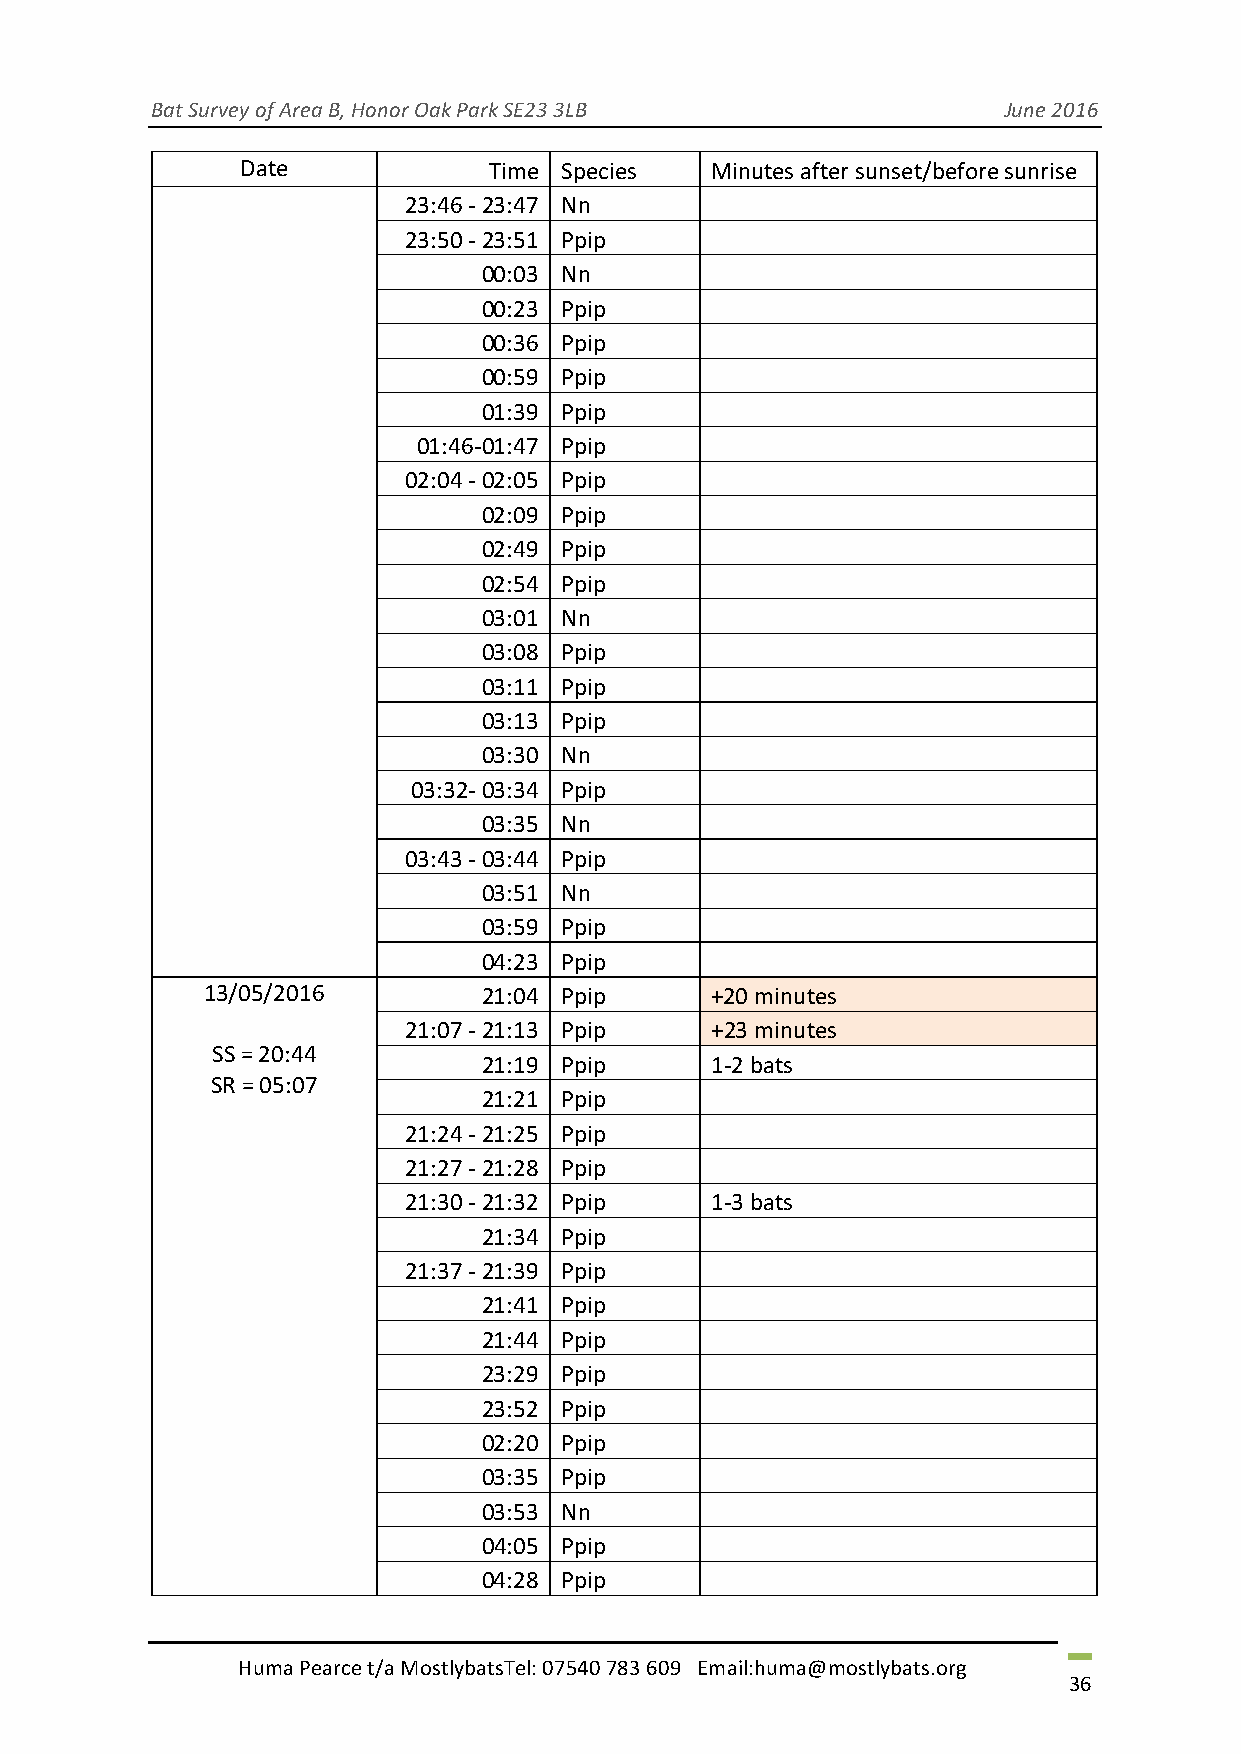
Bat Survey of Area B, Honor Oak Park SE23 3LB            June 2016
 Date            Time Species   Minutes after sunset/before sunrise
 23:46 - 23:47 Nn
 23:50 - 23:51 Ppip
 00:03 Nn
 00:23 Ppip
 00:36 Ppip
 00:59 Ppip
 01:39 Ppip
 01:46-01:47 Ppip
 02:04 - 02:05 Ppip
 02:09 Ppip
 02:49 Ppip
 02:54 Ppip
 03:01 Nn
 03:08 Ppip
 03:11 Ppip
 03:13 Ppip
 03:30 Nn
 03:32- 03:34 Ppip
 03:35 Nn
 03:43 - 03:44 Ppip
 03:51 Nn
 03:59 Ppip
 04:23 Ppip
 13/05/2016        21:04 Ppip     +20 minutes
 21:07 - 21:13 Ppip  +23 minutes
 SS = 20:44
 21:19 Ppip     1-2 bats
 SR = 05:07
 21:21 Ppip
 21:24 - 21:25 Ppip
 21:27 - 21:28 Ppip
 21:30 - 21:32 Ppip  1-3 bats
 21:34 Ppip
 21:37 - 21:39 Ppip
 21:41 Ppip
 21:44 Ppip
 23:29 Ppip
 23:52 Ppip
 02:20 Ppip
 03:35 Ppip
 03:53 Nn
 04:05 Ppip
 04:28 Ppip
 Huma Pearce t/a MostlybatsTel: 07540 783 609 Email:huma@mostlybats.org
 36